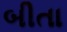
બીતા